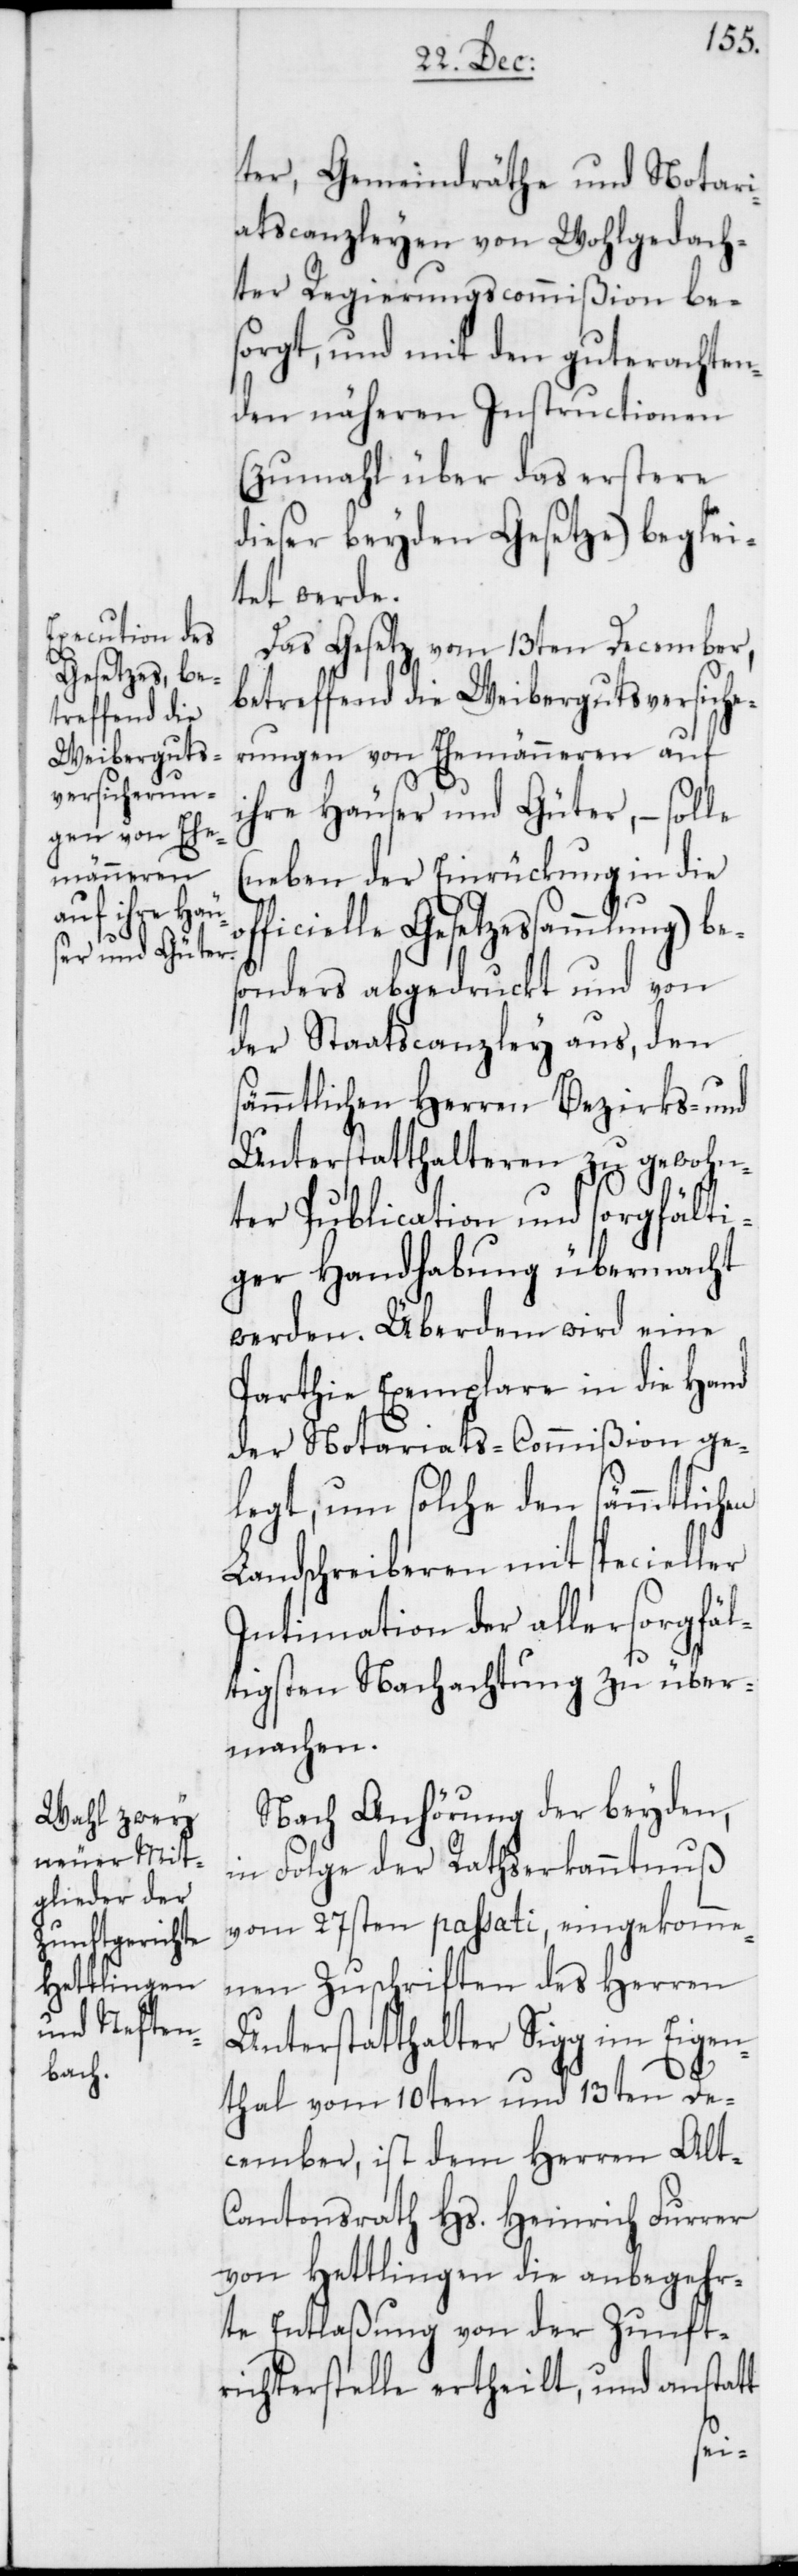
ter, Gemeindräthe und Notari¬
atscanzleyen von Wohlgedach¬
ter Regierungscommißion be¬
sorgt, und mit den gut erachten¬
den näheren Instructionen
(zumahl über das erstere
dieser beyden Gesetze) beglei¬
tet werde.
Das Gesetz vom 13ten December,
betreffend die Weibergutsversiche¬
rungen von Ehemänneren auf
ihre Häuser und Güter, – solle
(neben der Einrückung in die
ficielle Gesetzessammlung) be¬
sonders abgedruckt und von
der Staatscanzley aus, den
sämmtlichen Herren Bezirks- und
Unterstatthalteren zu gewohn¬
ter Publication und sorgfälti¬
ger Handhabung übermacht
werden. Überdem wird eine
Parthie Exemplare in die Hand
der Notariats-Commißion ge¬
legt, um solche den sämmtlichen
Landschreiberen mit specieller
Intimation der allersorgfäl¬
tigsten Nachachtung zu über¬
machen.
Nach Anhörung der beyden,
in Folge der Rathserkanntnuß
vom 27sten passati, eingekomme¬
nen Zuschriften des Herren
Unterstatthalter Sigg im Eigen¬
thal vom 10ten und 13ten De¬
cember, ist dem Herren Alt-C¬
antonsrath Hs. Heinrich Furrer
von Hettlingen die anbegehr¬
te Entlaßung von der Zunft¬
richterstelle ertheilt, und anstatt
of¬